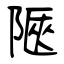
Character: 陿